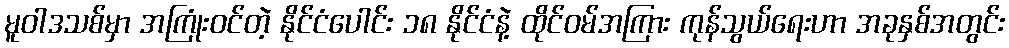
မူဝါဒသစ်မှာ အကြုံးဝင်တဲ့ နိုင်ငံပေါင်း ၁၈ နိုင်ငံနဲ့ ထိုင်ဝမ်အကြား ကုန်သွယ်ရေးဟာ အခုနှစ်အတွင်း